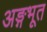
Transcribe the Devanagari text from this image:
अङ्गभूत